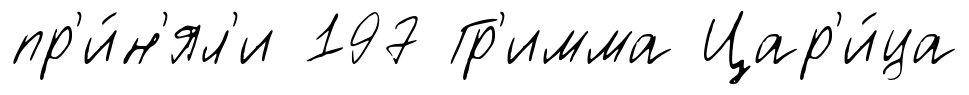
пр'и́н'ял'и 197 Гр'имма Цар'и́ца